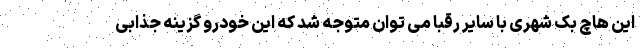
این هاچ بک شهری با سایر رقبا می توان متوجه شد که این خودرو گزینه جذابی